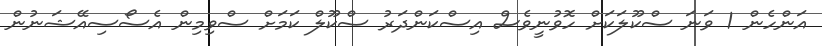
އަންހެން 1 ވަނަ ސްކޫލަކަށް ހޮވުނީވެސް އިސްކަންދަރު ސްކޫލް ކަމަށް ސްވިމިން އެސޯސިއޭޝަނުން